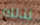
بذلك